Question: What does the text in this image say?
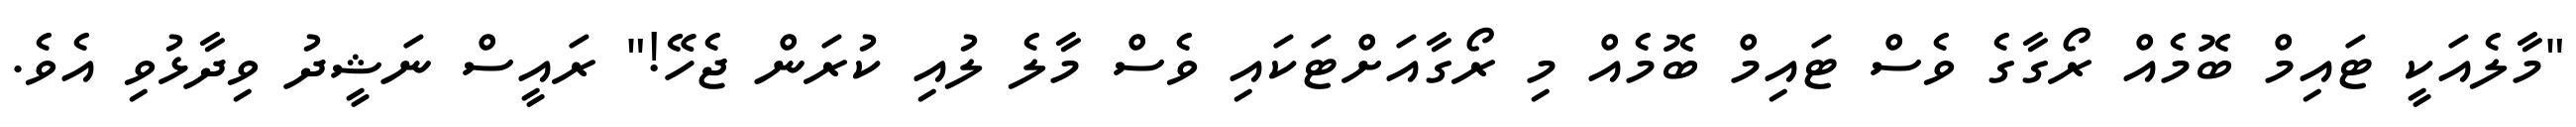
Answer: "މާލެއަކީ ޓައިމް ބޮމެއް ރޯގާގެ ވެސް ޓައިމް ބޮމެއް މި ރޯގާއަށްޓަކައި ވެސް މާލެ ލުއި ކުރަން ޖެހޭ!" ރައީސް ނަޝީދު ވިދާޅުވި އެވެ.